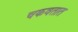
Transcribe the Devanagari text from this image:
चकवतात